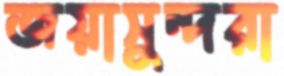
জয়াসুন্দরা